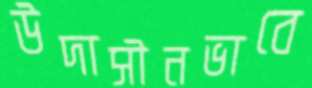
উদাসীনভাবে